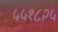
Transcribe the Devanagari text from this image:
५५१८२५